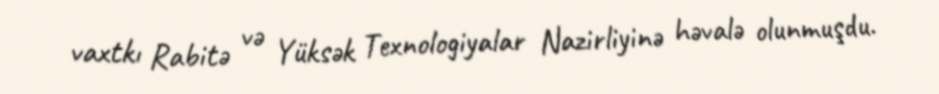
vaxtkı Rabitə və Yüksək Texnologiyalar Nazirliyinə həvalə olunmuşdu.